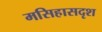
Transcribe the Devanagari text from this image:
मसिहासदृश